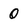
Character: 0